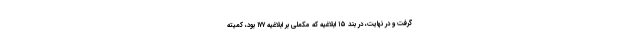
گرفت و در نهایت، در بند ۱۵ ابلاغیه که مکملی بر ابلاغیه ۱۷۷ بود، کمیته